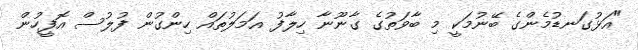
"އަޅުގަނޑުމެންގެ ބޭނުމަކީ މި ބާވަތުގެ ގާނޫނާ ހިލާފު އަމަލުތައް ހިންގުން ފުލުސް އޮފީހުން